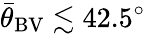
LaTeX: {\bar{\theta}}_{\mathrm{BV}}\lesssim 42.5^{\circ}